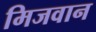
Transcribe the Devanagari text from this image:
मिजवान